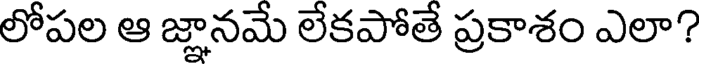
లోపల ఆ జ్ఞానమే లేకపోతే ప్రకాశం ఎలా?